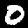
Label: 0